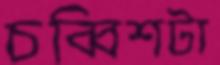
চব্বিশটা